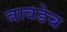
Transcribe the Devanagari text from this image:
वावडेच